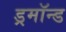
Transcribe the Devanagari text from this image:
ड्रमॉन्ड